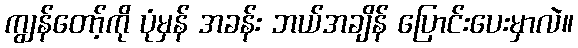
ကျွန်တော့်ကို ပုံမှန် အခန်း ဘယ်အချိန် ပြောင်းပေးမှာလဲ။